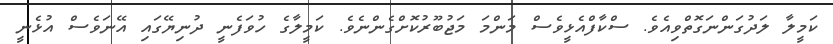
ކަމީލާ ލަދުގަންނަގޮތްވިއެވެ. ސްކާފްއެޅީވެސް މަންމަ މަޖުބޫރުކޮށްގެންނެވެ. ކަމީލާގެ ހުވަފެނީ ދުނިޔޭގައި އޭނަވެސް އުޅެނީ